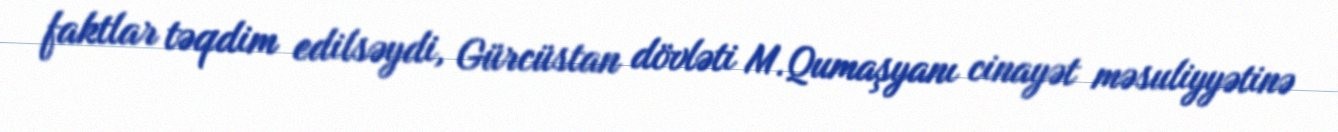
faktlar təqdim edilsəydi, Gürcüstan dövləti M.Qumaşyanı cinayət məsuliyyətinə